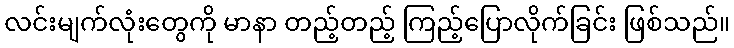
လင်းမျက်လုံးတွေကို မာနာ တည့်တည့် ကြည့်ပြောလိုက်ခြင်း ဖြစ်သည်။